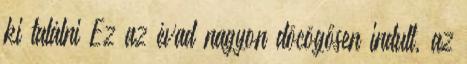
ki találni Ez az évad nagyon döcögősen indult, az